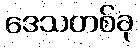
ဒေသတစ်ခု